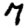
Digit: 7